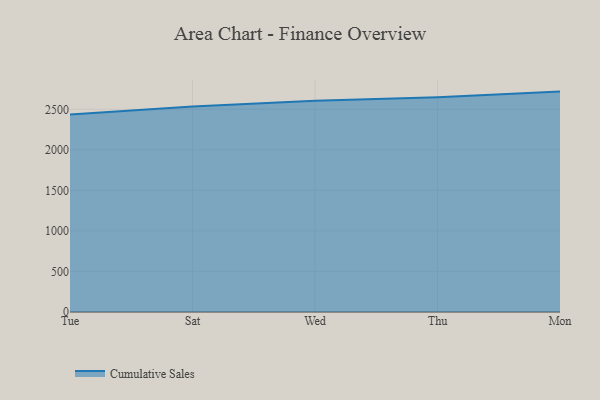
{"axis": {"x": "Day", "y": "Backlog"}, "legend": ["Cumulative Sales"], "data": [{"x": "Tue", "y": 2437.4, "type": "Cumulative Sales"}, {"x": "Sat", "y": 2535.3, "type": "Cumulative Sales"}, {"x": "Wed", "y": 2606.3, "type": "Cumulative Sales"}, {"x": "Thu", "y": 2647.1, "type": "Cumulative Sales"}, {"x": "Mon", "y": 2718.3, "type": "Cumulative Sales"}]}